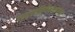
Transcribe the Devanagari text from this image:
सदसद्विवेकक्षमता